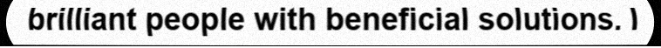
brilliant people with beneficial solutions. I